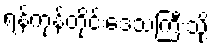
ရန်ကုန်တိုင်းဒေသကြီးသို့